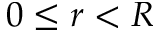
0 \leq r < R